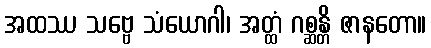
အထဿ သဗ္ဗေ သံယောဂါ၊ အတ္ထံ ဂစ္ဆန္တိ ဇာနတော။